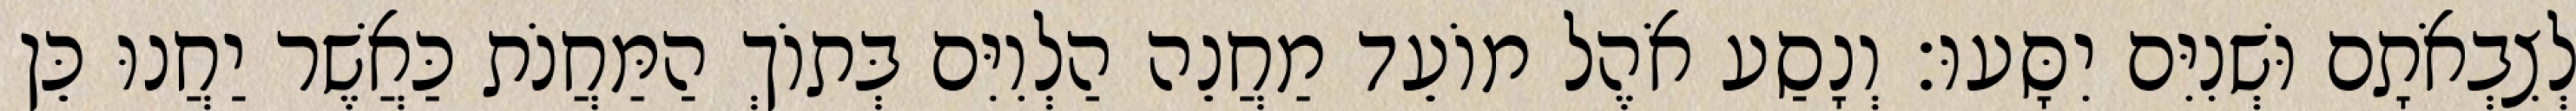
לְצִבְאֹתָם וּשְׁנִיִּם יִסָּעוּ׃ וְנָסַע אֹהֶל מוֹעֵד מַחֲנֵה הַלְוִיִּם בְּתוֹךְ הַמַּחֲנֹת כַּאֲשֶׁר יַחֲנוּ כֵּן